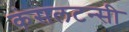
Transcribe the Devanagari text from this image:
कंसलटन्सी